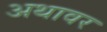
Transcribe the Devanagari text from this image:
अथावर